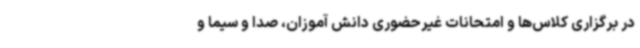
در برگزاری کلاس‌ها و امتحانات غیرحضوری دانش آموزان، صدا و سیما و